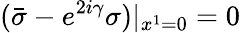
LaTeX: ({\bar{\sigma}}-e^{2i\gamma}\sigma)|_{x^{1}=0}=0